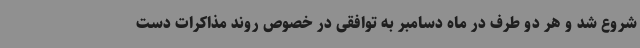
شروع شد و هر دو طرف در ماه دسامبر به توافقی در خصوص روند مذاکرات دست